Indian journal of veterinary science and animal husbandry - Volume 11,
Year: 1941
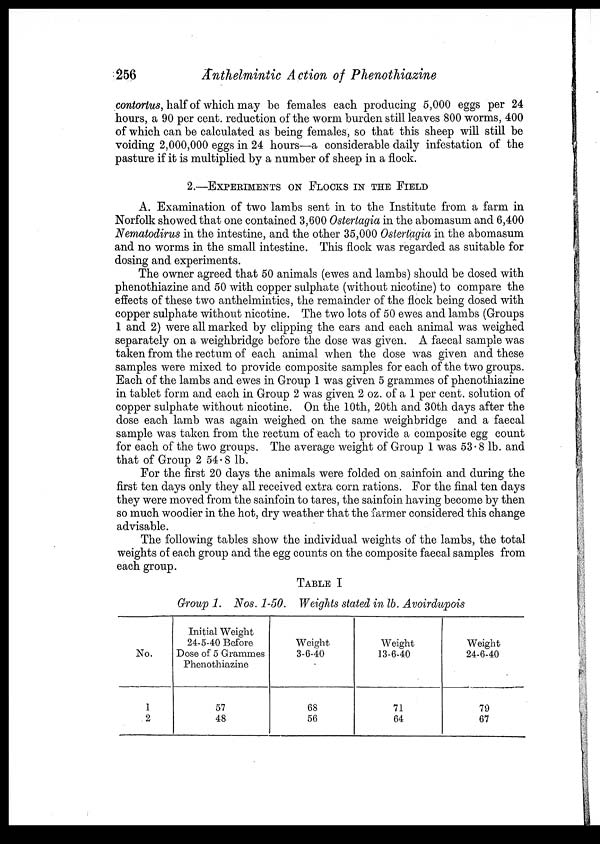
256
Anthelmintic Action of Phenothiazine
contortus, half of which may be females each producing 5,000 eggs per 24
hours, a 90 per cent. reduction of the worm burden still leaves 800 worms, 400
of which can be calculated as being females, so that this sheep will still be
voiding 2,000,000 eggs in 24 hours—a considerable daily infestation of the
pasture if it is multiplied by a number of sheep in a flock.
2.—EXPERIMENTS ON FLOCKS IN THE FIELD
A. Examination of two lambs sent in to the Institute from a farm in
Norfolk showed that one contained 3,600 Ostertagia in the abomasum and 6,400
Nematodirus in the intestine, and the other 35,000 Ostertagia in the abomasum
and no worms in the small intestine. This flock was regarded as suitable for
dosing and experiments.
The owner agreed that 50 animals (ewes and lambs) should be dosed with
phenothiazine and 50 with copper sulphate (without nicotine) to compare the
effects of these two anthelmintics, the remainder of the flock being dosed with
copper sulphate without nicotine. The two lots of 50 ewes and lambs (Groups
1 and 2) were all marked by clipping the ears and each animal was weighed
separately on a weighbridge before the dose was given. A faecal sample was
taken from the rectum of each animal when the dose was given and these
samples were mixed to provide composite samples for each of the two groups.
Each of the lambs and ewes in Group 1 was given 5 grammes of phenothiazine
in tablet form and each in Group 2 was given 2 oz. of a 1 per cent, solution of
copper sulphate without nicotine. On the 10th, 20th and 30th days after the
dose each lamb was again weighed on the same weighbridge and a faecal
sample was taken from the rectum of each to provide a composite egg count
for each of the two groups. The average weight of Group 1 was 53. 8 lb. and
that of Group 2 54.8 lb.
For the first 20 days the animals were folded on sainfoin and during the
first ten days only they all received extra corn rations. For the final ten days
they were moved from the sainfoin to tares, the sainfoin having become by then
so much woodier in the hot, dry weather that the farmer considered this change
advisable.
The following tables show the individual weights of the lambs, the total
weights of each group and the egg counts on the composite faecal samples from
each group.
TABLE I
Group 1. Nos. 1-50. Weights stated in lb. Avoirdupois
No.
1
2
Initial Weight
24-5-40 Before
Dose of 5 Grammes
Phenothiazine
57
48
Weight
3-6-40
68
56
Weight
13-6-40
71
64
Weight
24-6-40
79
67